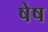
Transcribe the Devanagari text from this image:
षेष